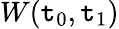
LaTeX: W(\mathtt{t}_{0},\mathtt{t}_{1})